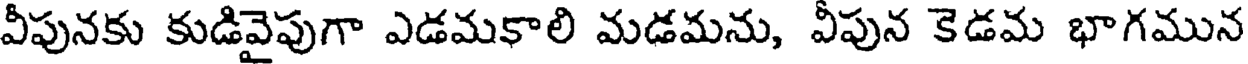
వీపునకు కుడివైపుగా ఎడమకాలి మడమను, వీపున కెడమ భాగమున